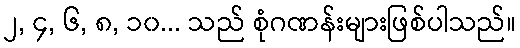
၂, ၄, ၆, ၈, ၁၀... သည် စုံဂဏန်းများဖြစ်ပါသည်။